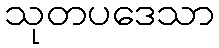
သုတပဒေသာ